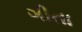
ગીતા